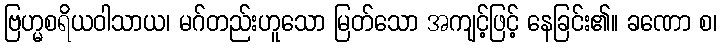
ဗြဟ္မစရိယဝါသာယ၊ မဂ်တည်းဟူသော မြတ်သော အကျင့်ဖြင့် နေခြင်း၏။ ခဏော စ၊